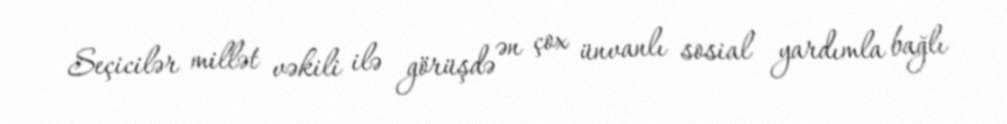
Seçicilər millət vəkili ilə görüşdə ən çox ünvanlı sosial yardımla bağlı